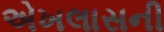
એખલાસની